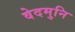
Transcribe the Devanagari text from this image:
वेदमुनि